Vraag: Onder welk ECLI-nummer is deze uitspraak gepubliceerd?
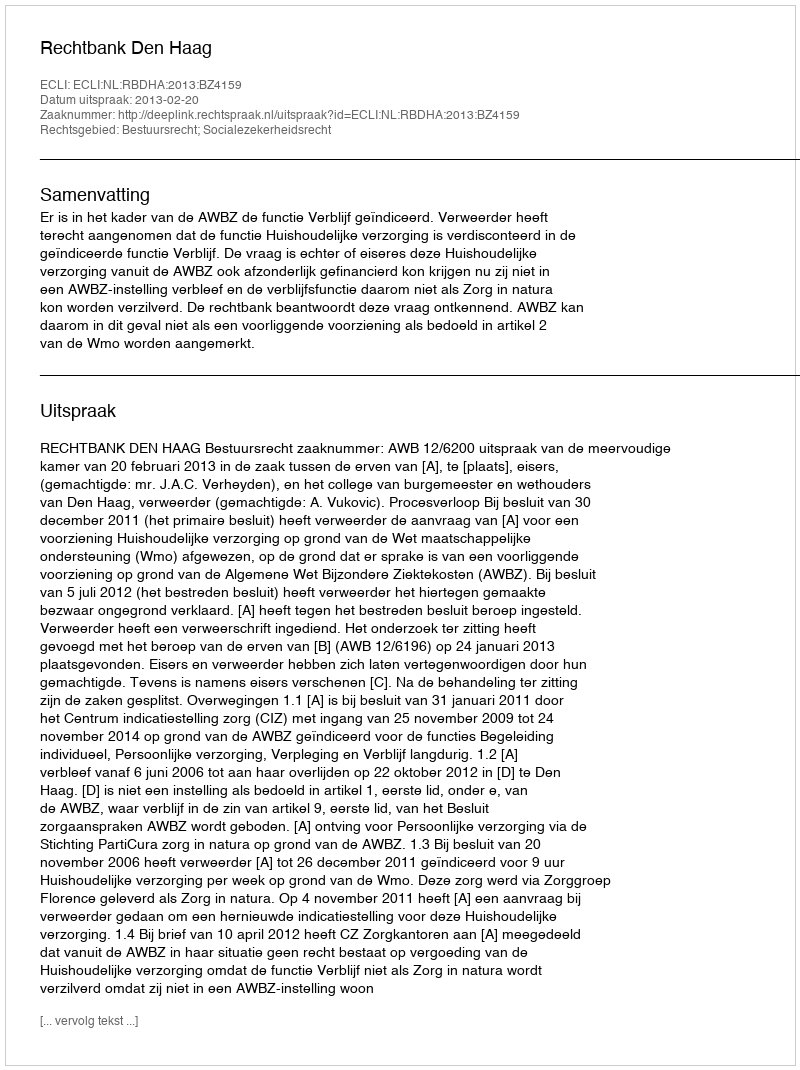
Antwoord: ECLI:NL:RBDHA:2013:BZ4159